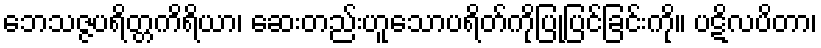
ဘေသဇ္ဇပရိတ္တကိရိယာ၊ ဆေးတည်းဟူသောပရိတ်ကိုပြုပြင်ခြင်းကို။ ပဋိလပိတာ၊